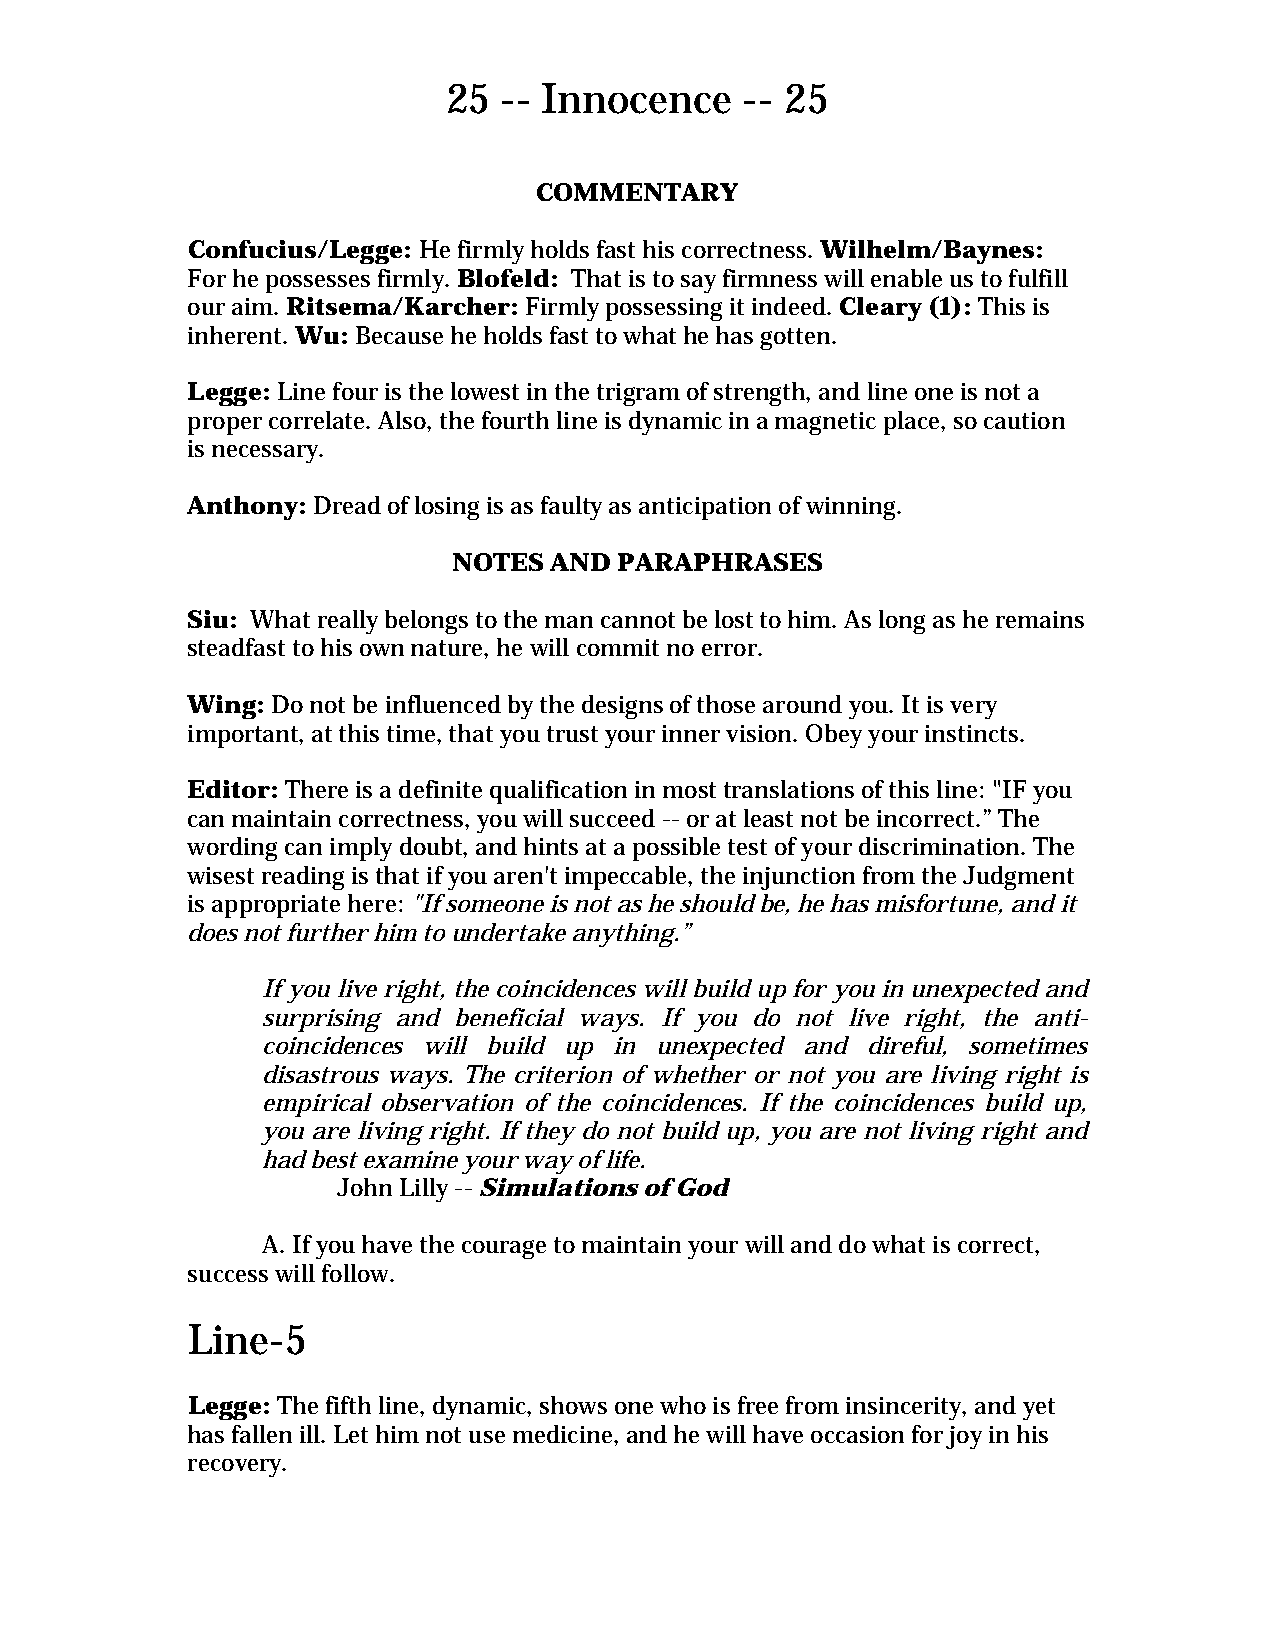
25 -- Innocence    -- 25
 COMMENTARY
 Confucius/Legge: He firmly holds fast his correctness. Wilhelm/Baynes:
 For he possesses firmly. Blofeld: That is to say firmness will enable us to fulfill
 our aim. Ritsema/Karcher: Firmly possessing it indeed. Cleary (1): This is
 inherent. Wu: Because he holds fast to what he has gotten.
 Legge: Line four is the lowest in the trigram of strength, and line one is not a
 proper correlate. Also, the fourth line is dynamic in a magnetic place, so caution
 is necessary.
 Anthony: Dread of losing is as faulty as anticipation of winning.
 NOTES AND  PARAPHRASES
 Siu: What really belongs to the man cannot be lost to him. As long as he remains
 steadfast to his own nature, he will commit no error.
 Wing: Do not be influenced by the designs of those around you. It is very
 important, at this time, that you trust your inner vision. Obey your instincts.
 Editor: There is a definite qualification in most translations of this line: "IF you
 can maintain correctness, you will succeed -- or at least not be incorrect.” The
 wording can imply doubt, and hints at a possible test of your discrimination. The
 wisest reading is that if you aren't impeccable, the injunction from the Judgment
 is appropriate here: "If someone is not as he should be, he has misfortune, and it
 does not further him to undertake anything.”
 If you live right, the coincidences will build up for you in unexpected and
 surprising and beneficial ways. If you do not live right, the anti-
 coincidences will build up in unexpected and direful, sometimes
 disastrous ways. The criterion of whether or not you are living right is
 empirical observation of the coincidences. If the coincidences build up,
 you are living right. If they do not build up, you are not living right and
 had best examine your way of life.
 John Lilly -- Simulations of God
 A. If you have the courage to maintain your will and do what is correct,
 success will follow.
 Line-5
 Legge: The fifth line, dynamic, shows one who is free from insincerity, and yet
 has fallen ill. Let him not use medicine, and he will have occasion for joy in his
 recovery.